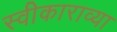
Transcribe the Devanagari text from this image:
स्वीकाराव्या